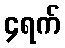
၄ရက်